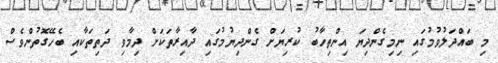
މި ބައްދަލުވުމުގައި ނިމިގެންދިޔަ އިންތިހާބު ކުރިޔަށް ގެންދިޔުމުގައި ދާއިރާތަކަށް ދިމާވި ދަތިތަކާއި ބެހޭގޮތުންވެސް